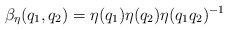
\begin{align*}\beta_\eta(q_1,q_2) = \eta(q_1) \eta(q_2) \eta(q_1 q_2)^{-1}\end{align*}